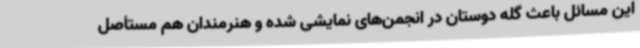
این مسائل باعث گله دوستان در انجمن‌های نمایشی شده و هنرمندان هم مستأصل